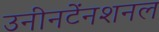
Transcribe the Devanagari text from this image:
उनीनटेंनशनल